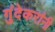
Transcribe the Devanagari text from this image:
गुंदेकरांनी